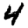
Digit: 4